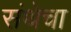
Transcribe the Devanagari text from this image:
संथेचा